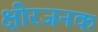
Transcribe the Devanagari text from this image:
क्षीरजनक